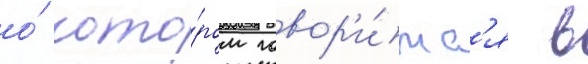
о́ кото́ром говор'и́тс'я в